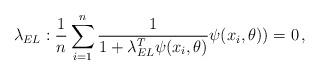
LaTeX: \begin{align*}\lambda_{EL} : \frac{1}{n}\sum_{i=1}^n\frac{1}{1+\lambda^T_{EL} \psi(x_i,\theta)}\psi(x_i, \theta)) = 0\,,\end{align*}